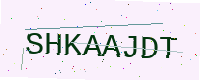
Text: SHKAAJDT